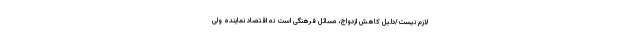
لازم نیست/دلیل کاهش ازدواج، مسائل فرهنگی است نه اقتصاد نماینده ولی